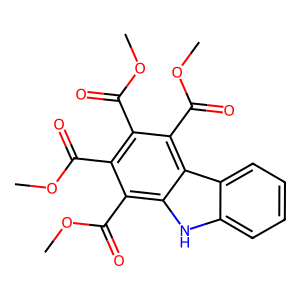
SMILES: COC(=O)c1c(C(=O)OC)c(C(=O)OC)c2c([nH]c3ccccc32)c1C(=O)OC
Inhibits HIV replication: No